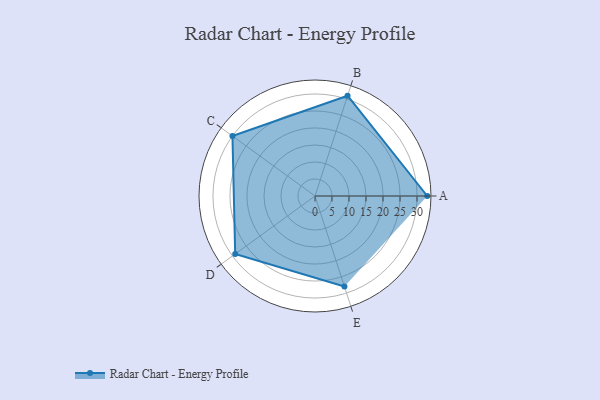
{"axis": {"x": "Skill", "y": "Score"}, "legend": ["Profile"], "data": [{"x": "A", "y": 33.0, "type": "Profile"}, {"x": "B", "y": 31.0, "type": "Profile"}, {"x": "C", "y": 30.0, "type": "Profile"}, {"x": "D", "y": 29.0, "type": "Profile"}, {"x": "E", "y": 28.0, "type": "Profile"}]}